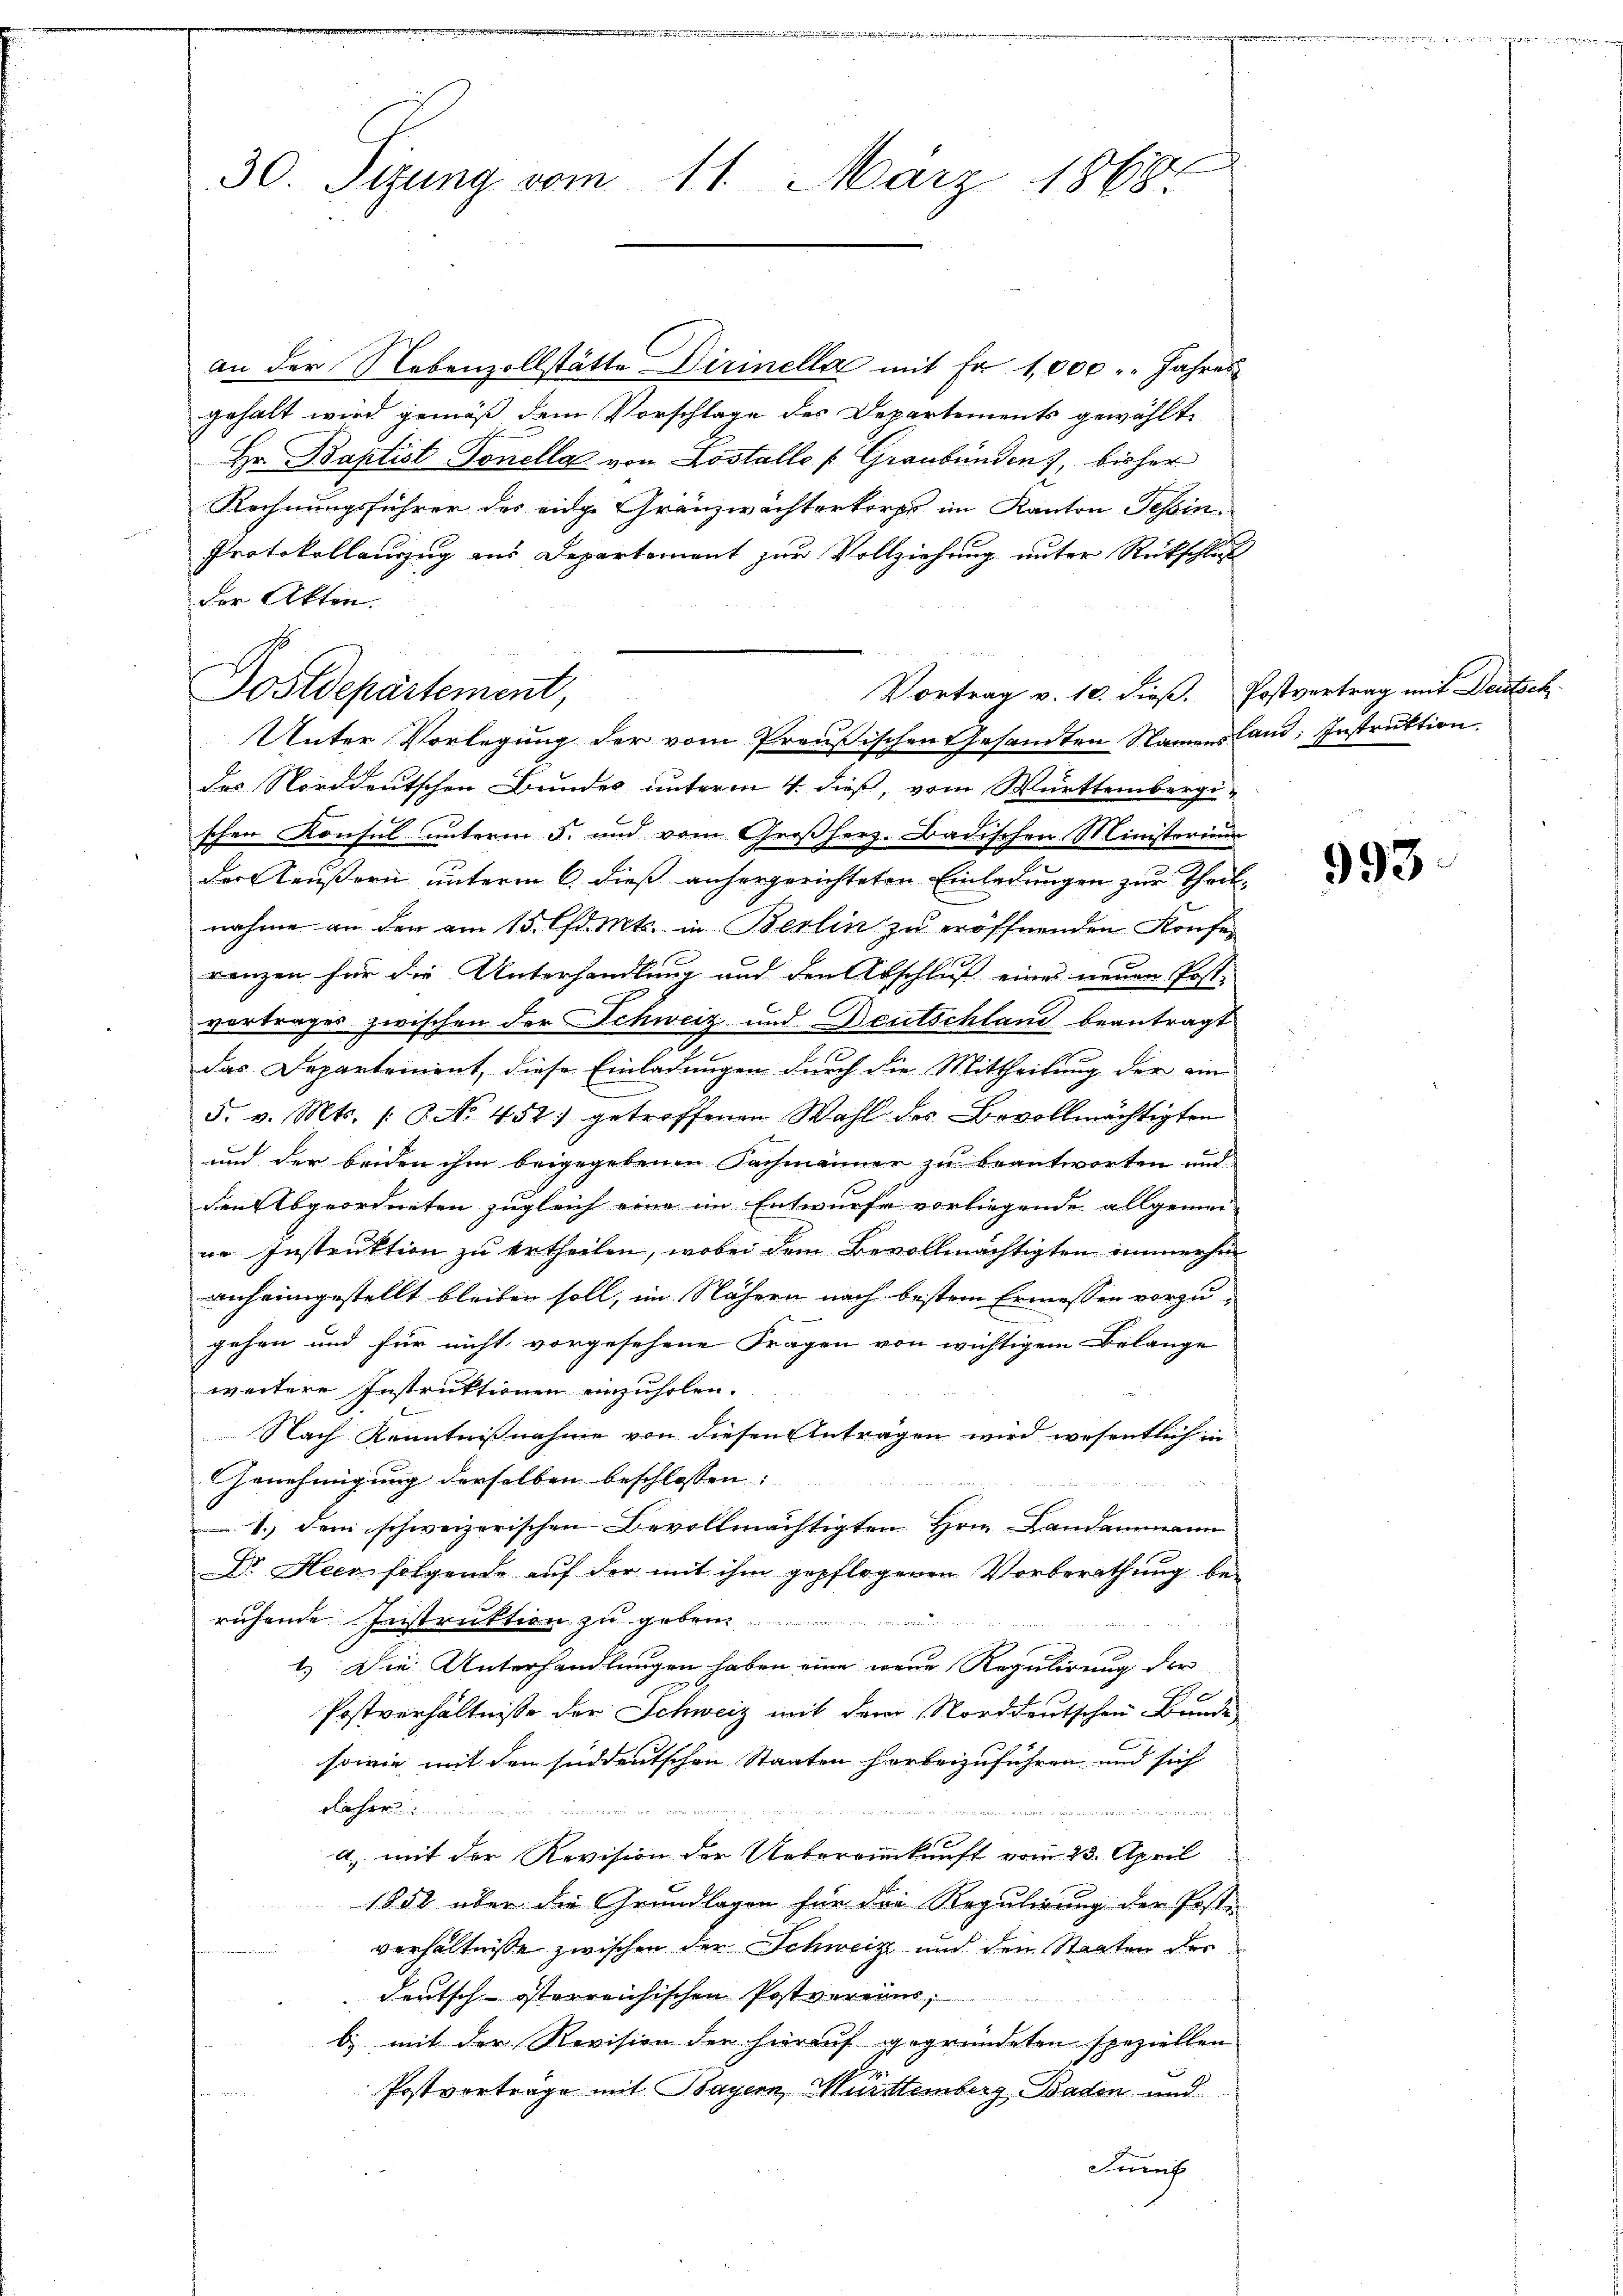
30. Sizung vom 11. März 1868

an der Nebenzollstätte Dirinella mit Er 1,000 " " Jahres
gehalt wird gemäß dem Vorschlage des Departements gewählte
Hr. Baptist Tonella von Lostalle (Graubünden, bisher
Rechnungsführer des eidge Gränzwächterkirps im Kanton Tessin.
Protokollanzug aus Departement zur Vollziehung unter Rückschluß
der Akten.
Vortrag v. 10. dieß. Postvertrag mit Deutsch-
Unter Vorlegung der vom Preußischen Gesamten Namens land, Instruktion
des Norddeutschen Bundes unterm 4. dieß, vom Württembergischen Konsul unterm 5. und vom Großherz. Badischen Ministerium
der äußern unterm 6. dieß anhergerichteten Einladungen zur Theilnahme an der am 15. d. Mts. in Berlin zu eröffnenden Konferanzen für die Unterhandlung und den Abschluß eines neuen Post-
vertrages zwischen der Schweiz und Deutschland beantragt
Das Departement, diese Einladungen durch die Mittheilung der ein
5. v. Mts. /: P. No. 452) getroffenen Wahl des Bevollmächtigten
und der beiden ihm beigegebenen Sachmänner zu beantworten und
den Abgeordneten zugleich eine im Entwurfe vorliegende allgemei-
ne Instruktion zu ertheilen, wobei dem Bevollmächtigten immerhin
anheimgestellt bleiben soll, im Nähern nach bestem Ermessen vorzu-
gehen und für nicht vorgesehene Fragen von wichtigem Belange
weitere Instruktionen einzuholen.
Nach Kenntnißnahme von diesen Anträgen wird wesentlich in
Genehmigung derselben beschlossen: |
1.) Dem schweizerischen Bevollmächtigten Hrn. Landammann
Dr. Heen folgende auf der mit ihm gepflogenen Vorberathung beruhende Instruktion zu geben

1.) Die Unterhandlungen haben eine wenn Regulirung der
Postverhältnisse der Schweiz mit der Norddeutschen Bunde
sowie mit den süddeutschen Staaten herbeizuführen und sich |
a

x
a) mit der Revision der Uebereinkunft vom 23. April
1852 über die Grundlagen für der Regulirung der Poste
verhältnisse zwischen der Schweiz und den Staaten der
deutsch-österreichischen Postvereins,
b) mit der Revision der hierauf gegründeten speziellen
er
Postvertrage mit Bayern, Württemberg Baden und
Junt

Dostdepartement,

993